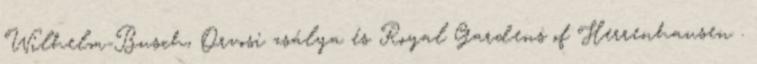
Wilhelm-Busch, Orvosi zsálya és Royal Gardens of Herrenhausen .